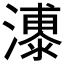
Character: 𪷫